Vital statistics of India. Vol. V, Reports of 1876 on armies & jails and on epidemic cholera
Year: 1876
Disease focus: Cholera
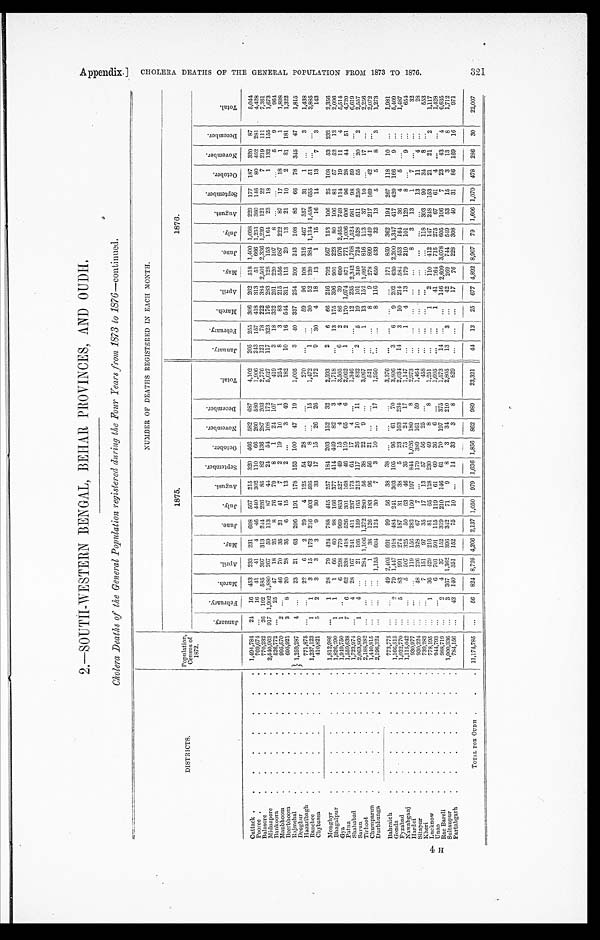
2.—SOUTH-WESTERN BENGAL, BEHAR PROVINCES, AND OUDH.
Cholera Deaths of the General Population registered during the Four Years from 1873 to 1876 —continued.
DISTRICTS
.
Population,
Census of
1872.
N U M B E R O F D E A T H S R E G I S T E R E D I N E A C H M O N T H .
1875.
1876.
J a n u a r y .
F e b r u a r y .
M a r c h . A p r i l .
M a y . J u n e . J u l y .
A u g u s t .
S e p t e m b e r .
O c t o b e r .
N o v e m b e r .
D e c e m b e r . T o t a l
J a n u a r y . F e b r u a r y . M a r c h .
A p r i l .
M a y . J u n e .
J u l y .
A u g u s t .
S e p t e m b e r . O c t o b e r .
N o v e m b e r .
D e c e m b e r .
T o t a l .
Cuttack
1,494,784 24 16 453 233 231 608 567 215 320 466 582 687 4,102 205 255 306 262 518 1,400 1,098 229 177 187 320 87 5,044
Pooree
769,674
16 41 41 4 46 440 302 110 66 260 580
1,906 243 157 418 313 51 666 1,251 360 146 80 462 281 4,428
Balasore
770,232 26 192
5 8 5 3 9 7 3 1 3 2 4 4 2 2 6 8 5 8 2 1 3 6 2 8 7 2 0 3
2 , 7 7 6
1 2 1 7 8 2 2 2 3 8 4
2 , 5 0 1 2 , 3 3 6 1 , 2 3 9 1 2 1
2 2 7 2 1 9 1 1 1 7,361
Midnapore
2,540,963 917 1,902 1,880 2 6 7 5 9 113 8 7 4 4 2 4 5 4 1 0 8 1 7 2
5 , 6 2 7
1 1 7 3 2 3 1 7 6 2 8 3
1 2 8 1 5 3 1 6 4 2 3 1 8 1 132 155 1,673
Bankoora
526,772
2 5 47 18 26 8
7 6 79 8 1 24 107
4 1 9
3 1 8 3 3 2 2 6 1 2 2 0 1 0 7 8
5 9
964
Manbhoom
995,570 2
46 70 35 21 41 7 2 19 10
1
254
8 3 83 215 556 687 222 8 7 17 18 1 1
1,898
Beerbhoom
695,921 3 8 20 28 35 6 15 13
2
3 49
182
1 0 16 544 311 113 20 13 21 10 2
8 1 181
1,322
Rajmehal
1,259,287 4
23 21 63 206 191 178 153 100 47 19
1,005
3 40 337 254 209 243 108 85 66 78 345 47
1,815
Deoghur Hazaribagh
771,875
22
6 2 29 4 125 54
2 8
270
5 9 96 108 316 467 357 31 1
3 1, 438
Ranchee
1,237,123 1
1 3 15 173 216 403 595
4 2 8
1 5 1,472
1
3 0 5 2 120
3 8 4 1,134 1,458 655 51
3,885
Chybassa
410,821 5 2 3 3 3 9 30 33 17
1 5 26 26
172
9 30 4 18 13 1 15 16 14 13 7 3
143
Monghyr
1,812,986
1 28 79 424 788 445 257 184 203 152 32 2,593
2 6 66 246 792 567 153 106 25 108 53 232 2,356
Bhagalpur
1,826,290 1 1 1 66 60 98 166 377 414 449 82 3
1,718
13 175 396 901 223 80 106 81 57 52 12 2,096
Gya
1,949,750 1
6 298 779 969 853 527 49 15 4 4 3,505
6 2 86 39 690 976 2,465 749 114 19 11 4 5,514
Patna
1,559,638 7 6 62 338 418 526
3 0 1 1 6 8 4 6 119 6 5 6
2,062
1 2 1 7 0 1 , 0 7 4 871
7 7 1 1,006 6 0 6 96 28 44 51 4,720
Shahabad
1,723,974
4
2 8 1 6 7 2 4 1 4 1 1 2 3 7 173 6 4
1 7 4
1 , 3 4 6
1 2 2 3 5 2 , 3 4 2 1 , 7 6 8 1,524
5 8 1 98
5 9
6,619
Sarun
2,063,860 1 4
21 105 159 165 213 117
2 6 10 11
832
2 5 19 101
3 4 0 724 528 511 250 55 20 2 2,557
Tirhoot
2,188,382
284 1,106 1,272 280 56 38 22 9
3,067
1 13 152 1,097 816 113 37 10
17
2,256
Chumparun
1,440,815
1 38 126 183 96 56
2 1
5 2 1
8 9 278 899 449 217 169 42 1
2,072
Durbhunga
2,196,324
1,155 604
1 2 4 30 7
3 1 0
17 1,950
8 1 1 6 650
4 3 3 3 2 13 5 5 8 3 1,273
Bahraich
773,775
49 2,405 691 99 56 38 38
3,376
171 859 362 194 267 118 10 .
1, 981
Gonda
1,166,515
2
7 9 1,447 918
4 8 4 2 4 1 303 1 0 5 9 6 61 70
3 , 8 0 6 3
6 9 2 0 2 630 2,200 1,347
4 1 7 420 166 9
5, 409
Fyzabad
1,022,770
5 83 991 274 187 31 38 5 23 163 234 2,034 14 3 10 214 584 453 164 36 4 5
1,487
Nawabganj
1,115,042
5 507 325 50 63 46 35
7 5 2 4 1 7 1, 147
1 4 13 179 210 101 129 8
9
654
Hardoi
930,977
119 156 283 160 197 844 1,026 1808
2,973
8 3 13 1 7
3 2
S i t a p u r 930,224
48 226 328 67 7
179 389 161 59
1, 464
13 11 4
28
Kheri
739,283
7 1 5 1 9 7 3 5 1 7 1 3 5 7 5 6 2 5
4 5 8
1 1 8 3 0 3
9 0 3 4 8
5 5 3
Lucknow
778,195
1
3 6 4 2 9 2 1 6 8 1 6 5 128 2 3 0 4 9
8 8
1 , 2 5 1
1 2 1 1 0 4 1 2 1 4 7 2 4 8 1 5 3 2 1 21 2 1,117
Unao
944,793
6 701 501 115 119 61 60 36 6
1, 605
1 41 264 715 275 67 61 4
1,428
Rae Bareli
988,719
2 4 37 152 319 210 146
6 1 7 0 1 9 7 3 7 5 1, 573
1 4
1 4 6 2,609 3,078 605 106 7 23
4 3 4 6, 635
Sultanpur
1,000,336
3 367 1,362 396 342 71 9
8 3 34 210 2,805 13 3
42 269 744 549 53 15 3 13 8
1,712
Partabgarh
784,156
43 140 351 152 75 10
14 33 3 8
829
17 76 228 308 40 31 86 169 16
971
TOTAL FOR OUDH 11,174,785
56 824 8,726 4,206 2,137 1,050 979 1,636 1,856 8 6 2 989 23,321 44 13 25 677 4,892 8,907 79 1,606 1,070 478 286 30 22,007
Ap p e n d i x . ]
C H O L E R A D E A T H S O F T H E G E N E R A L P O P U L A T I O N F R O M 1 8 7 3 T O 1 8 7 6 .